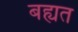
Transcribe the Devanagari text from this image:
बह्यत